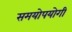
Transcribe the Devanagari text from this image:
समयोपयोगी